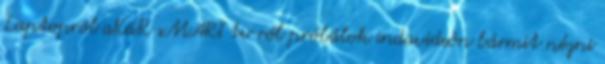
Laptopról aKáR sMART tv ről próbálok indavideón bármit nézni